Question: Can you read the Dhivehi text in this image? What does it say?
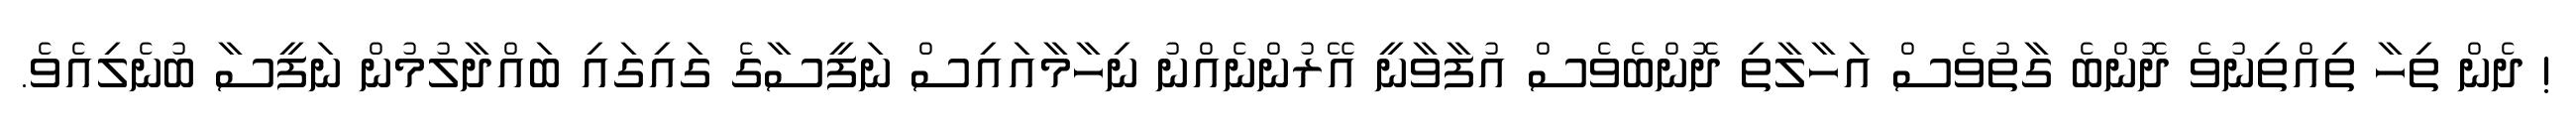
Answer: ! ދެން ތިހާ ތިއްތިނުވެ ދޮންބެ ގާތުވެސް އަހާލާތި ދޮންބެވެސް އުފާވާނީ އޭރުންނެއްނު ނިހާމާއައިސް ނަފީސާގެ ގައިގައި ބައްދާލުމުން ނަފީސާ ބުނެލިއެވެ.